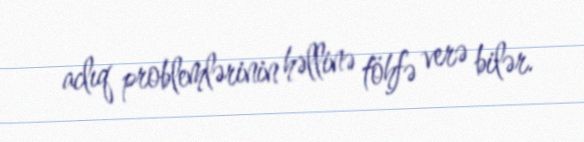
aclıq problemlərinin həllinə töhfə verə bilər.